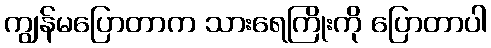
ကျွန်မပြောတာက သားရေကြိုးကို ပြောတာပါ